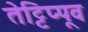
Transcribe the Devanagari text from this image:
तेट्टिप्पूव